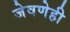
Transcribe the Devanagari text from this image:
जेवणेही